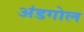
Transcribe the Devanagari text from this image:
अंडगोल